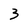
Character: 3